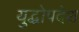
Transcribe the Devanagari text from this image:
युद्धोपदेश